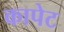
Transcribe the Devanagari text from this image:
कापेट